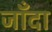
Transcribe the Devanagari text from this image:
जाँदा